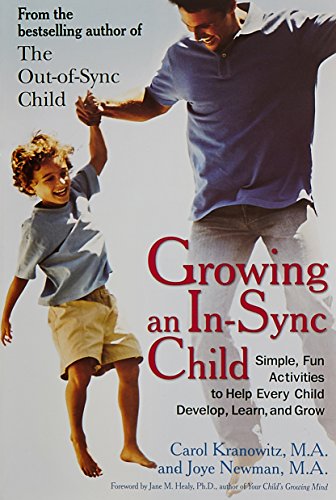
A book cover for Growing an In-Sync Child: Simple, Fun Activities to Help Every Child Develop, Learn, and Grow; Carol Kranowitz; Parenting & Relationships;